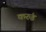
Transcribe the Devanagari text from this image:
करुंड